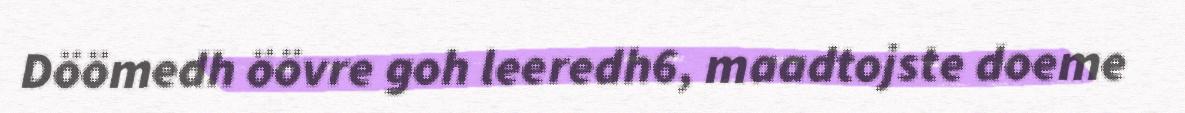
Döömedh öövre goh leeredh6, maadtojste doeme